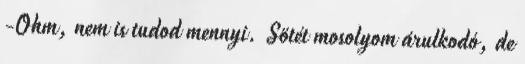
-Ohm, nem is tudod mennyi. Sötét mosolyom árulkodó, de